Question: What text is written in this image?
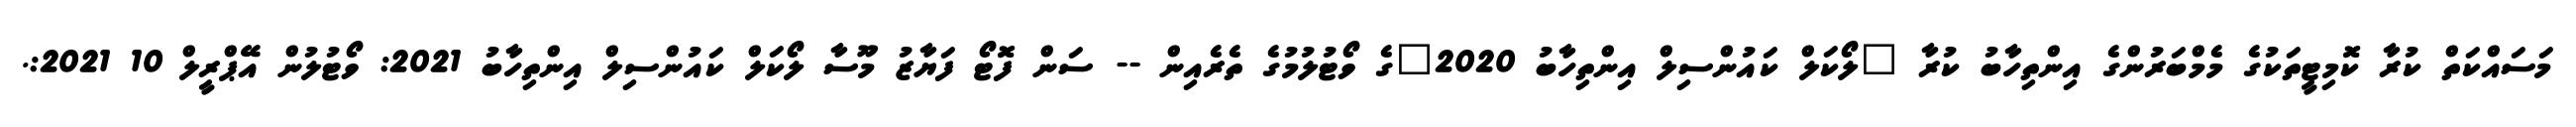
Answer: މަސައްކަތް ކުރާ ކޮމިޓީތަކުގެ މެމްބަރުންގެ އިންތިހާބު ކުރާ "ލޯކަލް ކައުންސިލް އިންތިހާބު 2020"ގެ ވޯޓުލުމުގެ ތެރެއިން -- ސަން ފޮޓޯ ފަޔާޒު މޫސާ ލޯކަލް ކައުންސިލް އިންތިހާބު 2021: ވޯޓުލުން އޭޕްރީލް 10 2021:.